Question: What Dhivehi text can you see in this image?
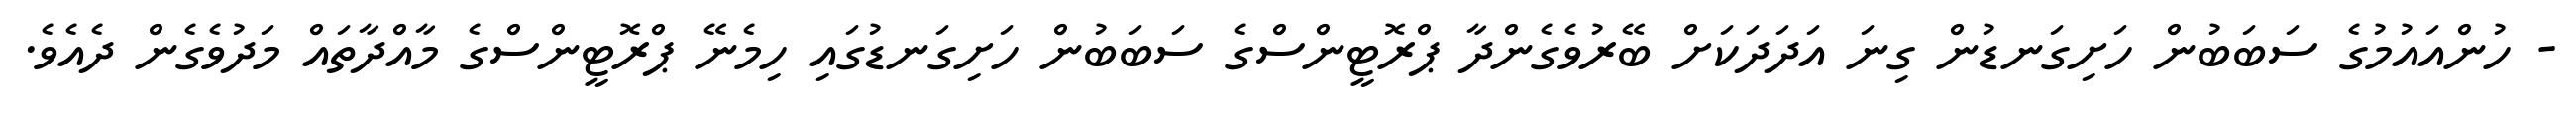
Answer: - ހުންއައުމުގެ ސަބަބުން ހަށިގަނޑުން ގިނަ އަދަދަކަށް ބޭރުވެގެންދާ ޕްރޮޓީންސްގެ ސަބަބުން ހަށިގަނޑުގައި ހިމެނޭ ޕްރޮޓީންސްގެ މާއްދާތައް މަދުވެގެން ދެއެވެ.